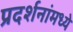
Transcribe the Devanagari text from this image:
प्रदर्शनांमध्ये